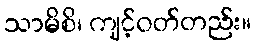
သာမိစိ၊ ကျင့်ဝတ်တည်း။